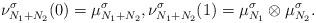
LaTeX: \begin{align*} \nu_{N_1+N_2}^{\sigma} (0) = \mu_{N_1+N_2}^{\sigma}, \nu_{N_1+N_2}^{\sigma} (1) = \mu_{N_1} ^{\sigma} \otimes \mu_{N_2} ^{\sigma}.\end{align*}